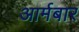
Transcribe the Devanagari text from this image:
आर्मबार